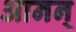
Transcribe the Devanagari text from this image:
आनन्